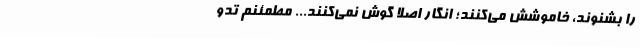
را بشنوند، خاموشش می‌کنند؛ انگار اصلاً گوش نمی‌کنند... مطمئنم تدو